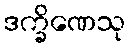
ဒက္ခိဏေသု